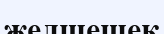
желшешек